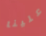
علينا